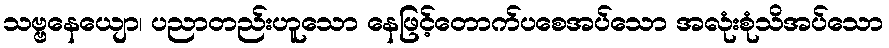
သဗ္ဗနေယျော၊ ပညာတည်းဟူသော နေဖြင့်တောက်ပစေအပ်သော အလုံးစုံသိအပ်သော